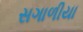
સગાળીયા